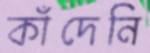
কাঁদেনি